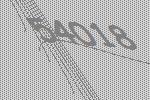
54018